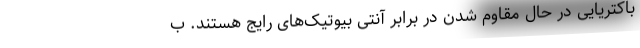
باکتریایی در حال مقاوم شدن در برابر آنتی بیوتیک‌های رایج هستند. ب